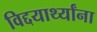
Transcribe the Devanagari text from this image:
विद्दयार्थ्यांना